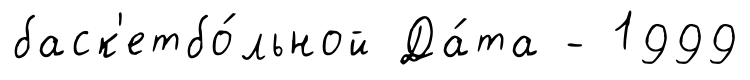
баск'етбо́льной Да́та - 1999